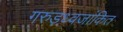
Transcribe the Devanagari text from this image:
गरुड़ध्वजांकित